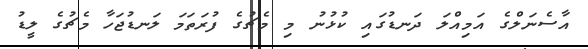
އާސެނަލްގެ އަމިއްލަ ދަނޑުގައި ކުޅުނު މި މެޗުގެ ފުރަތަމަ ލަނޑުޖަހާ މެޗުގެ ލީޑު